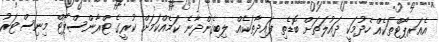
އެއަރޕޯޓްތަކެއް ހެދުމަކީ ދައުލަތަށް ބޮޑެތި ފައިދާތަކެއް ލިބިގެންދާނެ ކަމެއްކަމަށް ކުރީގެ ޓްރާންސްޕޯޓް މިނިސްޓަރު